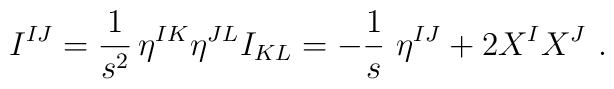
I^{IJ} =  \frac{1}{s^2} \, \eta^{IK} \eta^{JL} I_{KL}   = - \frac1s \  \eta^{IJ} + 2 X^I X^J \ .